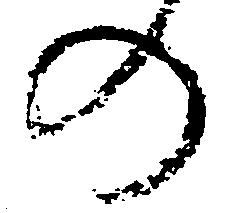
の